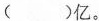
( )亿。